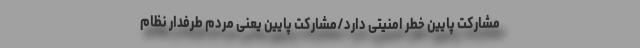
مشارکت پایین ‌خطر امنیتی‌ دارد/مشارکت پایین یعنی مردم طرفدار نظام